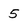
Character: 5